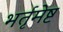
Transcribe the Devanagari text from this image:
भर्तृमेष्ट